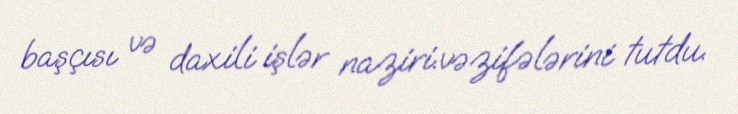
başçısı və daxili işlər naziri.vəzifələrini tutdu.